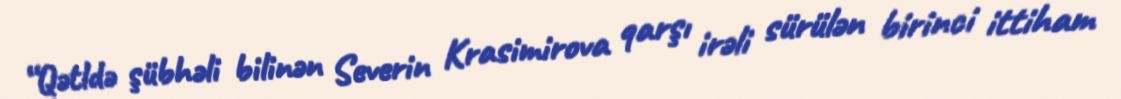
“Qətldə şübhəli bilinən Severin Krasimirova qarşı irəli sürülən birinci ittiham